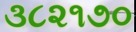
૩૮૨૧૭૦